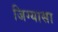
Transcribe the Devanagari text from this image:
जिग्यासा